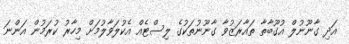
އަދި ގާނޫނުލް އުގޫބާތާ ތައާރަޒުވާ ގާނޫނުތަކުގެ ލިސްޓެއް އެކުލަވާލުމަށް މިހާރު ކުރަމުން އަންނަ